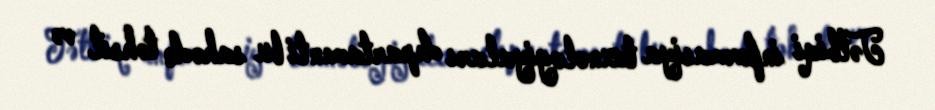
Tətbiqi informasiya texnologiyaları departamenti bu sahədə təhsil və